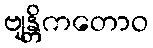
ဗျန္တိကတောဝ